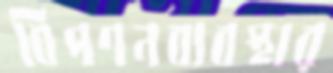
বিপণনব্যবস্থার